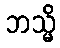
ဘသ္မိ